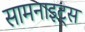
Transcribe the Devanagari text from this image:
सामनाइट्स